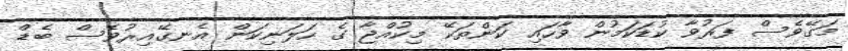
މަގޭވެސް ފަރުވާ ކުޑަކަމުން ވާހައި ކަންތަކޭ މިކުއްޖާ ގެ ހަލަނިކަން އެނގޭއިރުވެސް ބެޑް